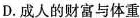
D.成人的财富与体重